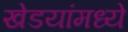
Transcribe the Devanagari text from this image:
खेडयांमध्ये